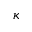
\kappa